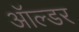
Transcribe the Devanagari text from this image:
ऑल्‍डर